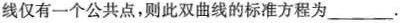
线仅有一个公共点，则此双曲线的标准方程为___.